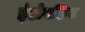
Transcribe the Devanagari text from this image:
इंडोनशिया